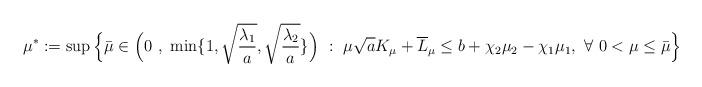
LaTeX: \begin{align*}\mu^{*}:=\sup\Big\{ \bar{\mu}\in \Big(0\ ,\ \min\{ 1,\sqrt{\frac{\lambda_1}{a}},\sqrt{\frac{\lambda_2}{a}} \}\Big) \ : \ \mu\sqrt{a}K_{\mu}+\overline{L}_{\mu}\leq b+\chi_2\mu_2-\chi_1\mu_1,\ \forall\ 0<\mu\leq \bar{\mu}\Big\}\end{align*}